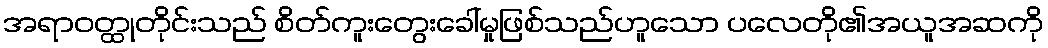
အရာဝတ္ထုတိုင်းသည် စိတ်ကူးတွေးခေါ်မှုဖြစ်သည်ဟူသော ပလေတို၏အယူအဆကို